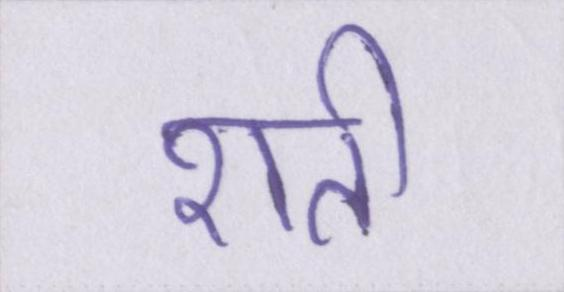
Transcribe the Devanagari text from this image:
शती